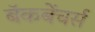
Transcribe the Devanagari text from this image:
बॅकबेंचर्स